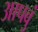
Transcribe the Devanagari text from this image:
आपवुं